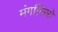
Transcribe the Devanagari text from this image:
मंगलिसो